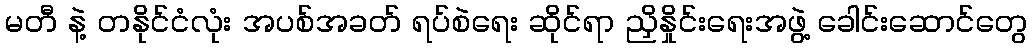
မတီ နဲ့ တနိုင်ငံလုံး အပစ်အခတ် ရပ်စဲရေး ဆိုင်ရာ ညှိနှိုင်းရေးအဖွဲ့ ခေါင်းဆောင်တွေ